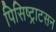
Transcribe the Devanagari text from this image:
पिसिष्ट्राटसन